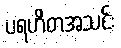
ပရဟိတအသင်း